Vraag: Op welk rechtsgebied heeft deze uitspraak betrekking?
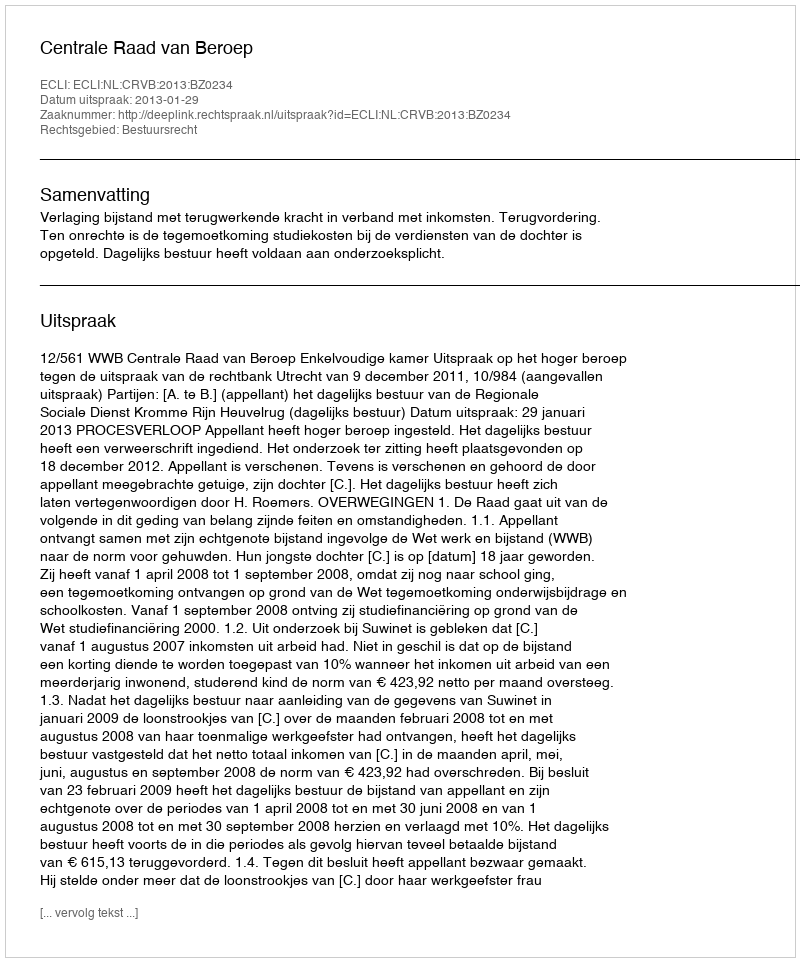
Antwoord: Bestuursrecht